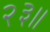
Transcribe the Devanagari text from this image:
२३॥